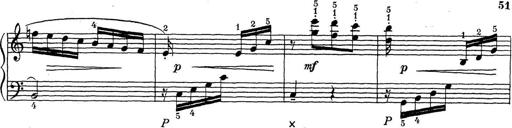
Title: ÄŒeskÃ© Sonatiny
Composer: Various